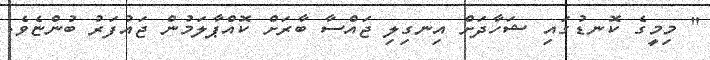
" މިމީގެ ކޮނޑުގައި ޝަހާދަށް އިނގިލި ޖައްސާ ބާރަށް ކޮއްޕާލަމުން ޖައުފަރު ބުންޏެވެ.